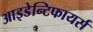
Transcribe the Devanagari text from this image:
आइडेन्टिफायर्स